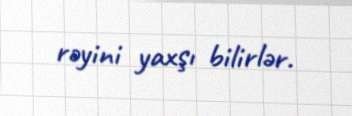
rəyini yaxşı bilirlər.